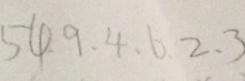
5 4 . 9 4 . 6 . 2 . 3